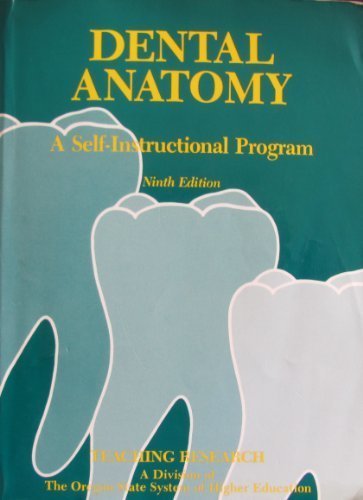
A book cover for Dental Anatomy: A Self Instructional Program; Division of the Oregon State System; Medical Books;